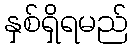
နှစ်ရှိရမည်